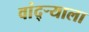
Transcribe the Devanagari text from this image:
वांद्‌ऱ्याला